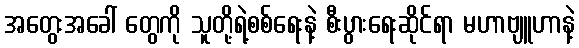
အတွေးအခေါ် တွေကို သူတို့ရဲ့စစ်ရေးနဲ့ စီးပွားရေးဆိုင်ရာ မဟာဗျူဟာနဲ့